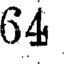
64